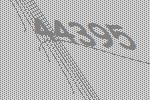
44395